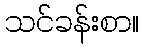
သင်ခန်းစာ။